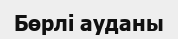
Бөрлі ауданы